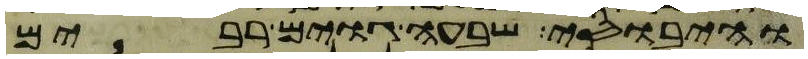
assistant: והיבוסי שבעה גוים רבים